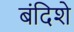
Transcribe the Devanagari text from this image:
बंदिशे